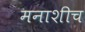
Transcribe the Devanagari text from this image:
मनाशीच